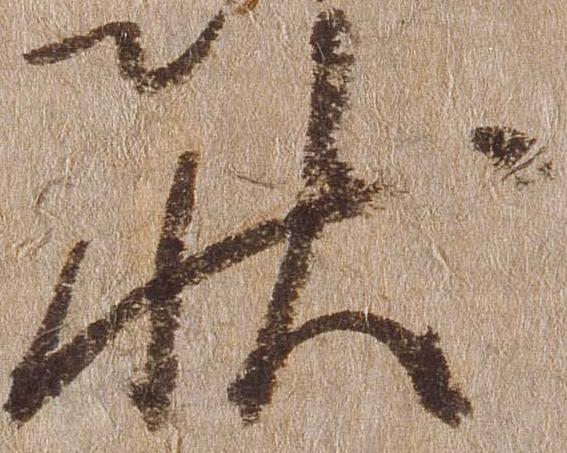
状